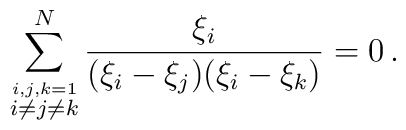
\sum_{\stackrel{i,j,k=1}{i\neq j\neq k}}^{N}\frac{\xi_{i}}{(\xi_{i}-\xi_{j})(\xi_{i}-\xi_{k})}=0 \,.